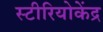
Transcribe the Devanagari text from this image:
स्टीरियोकेंद्र